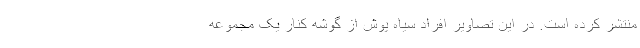
منتشر کرده است. در این تصاویر افراد سیاه پوش از گوشه کنار یک مجموعه